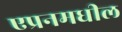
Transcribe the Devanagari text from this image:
एप्रनमधील